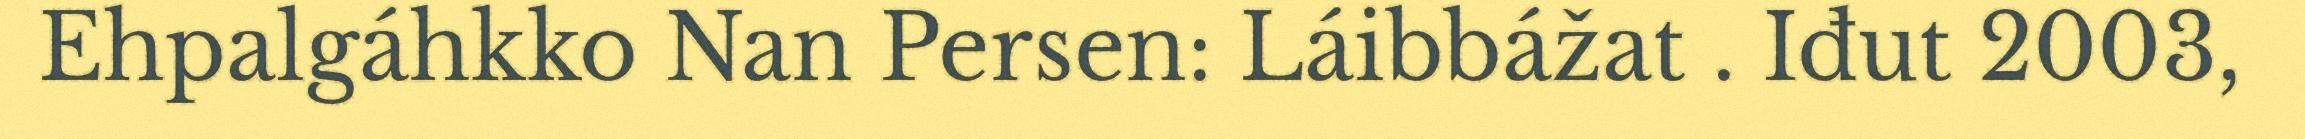
Ehpalgáhkko Nan Persen: Láibbážat . Iđut 2003,